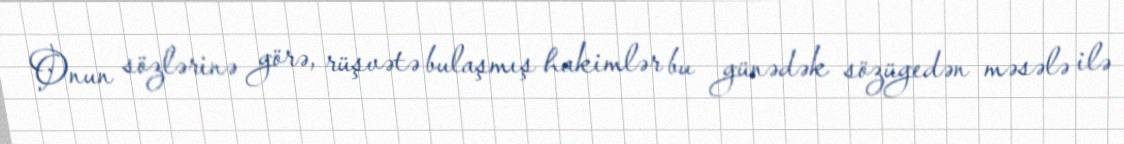
Onun sözlərinə görə, rüşvətə bulaşmış hakimlər bu günədək sözügedən məsələ ilə